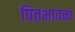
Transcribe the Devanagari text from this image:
पित्तभावना